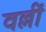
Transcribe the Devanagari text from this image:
वल्लीं